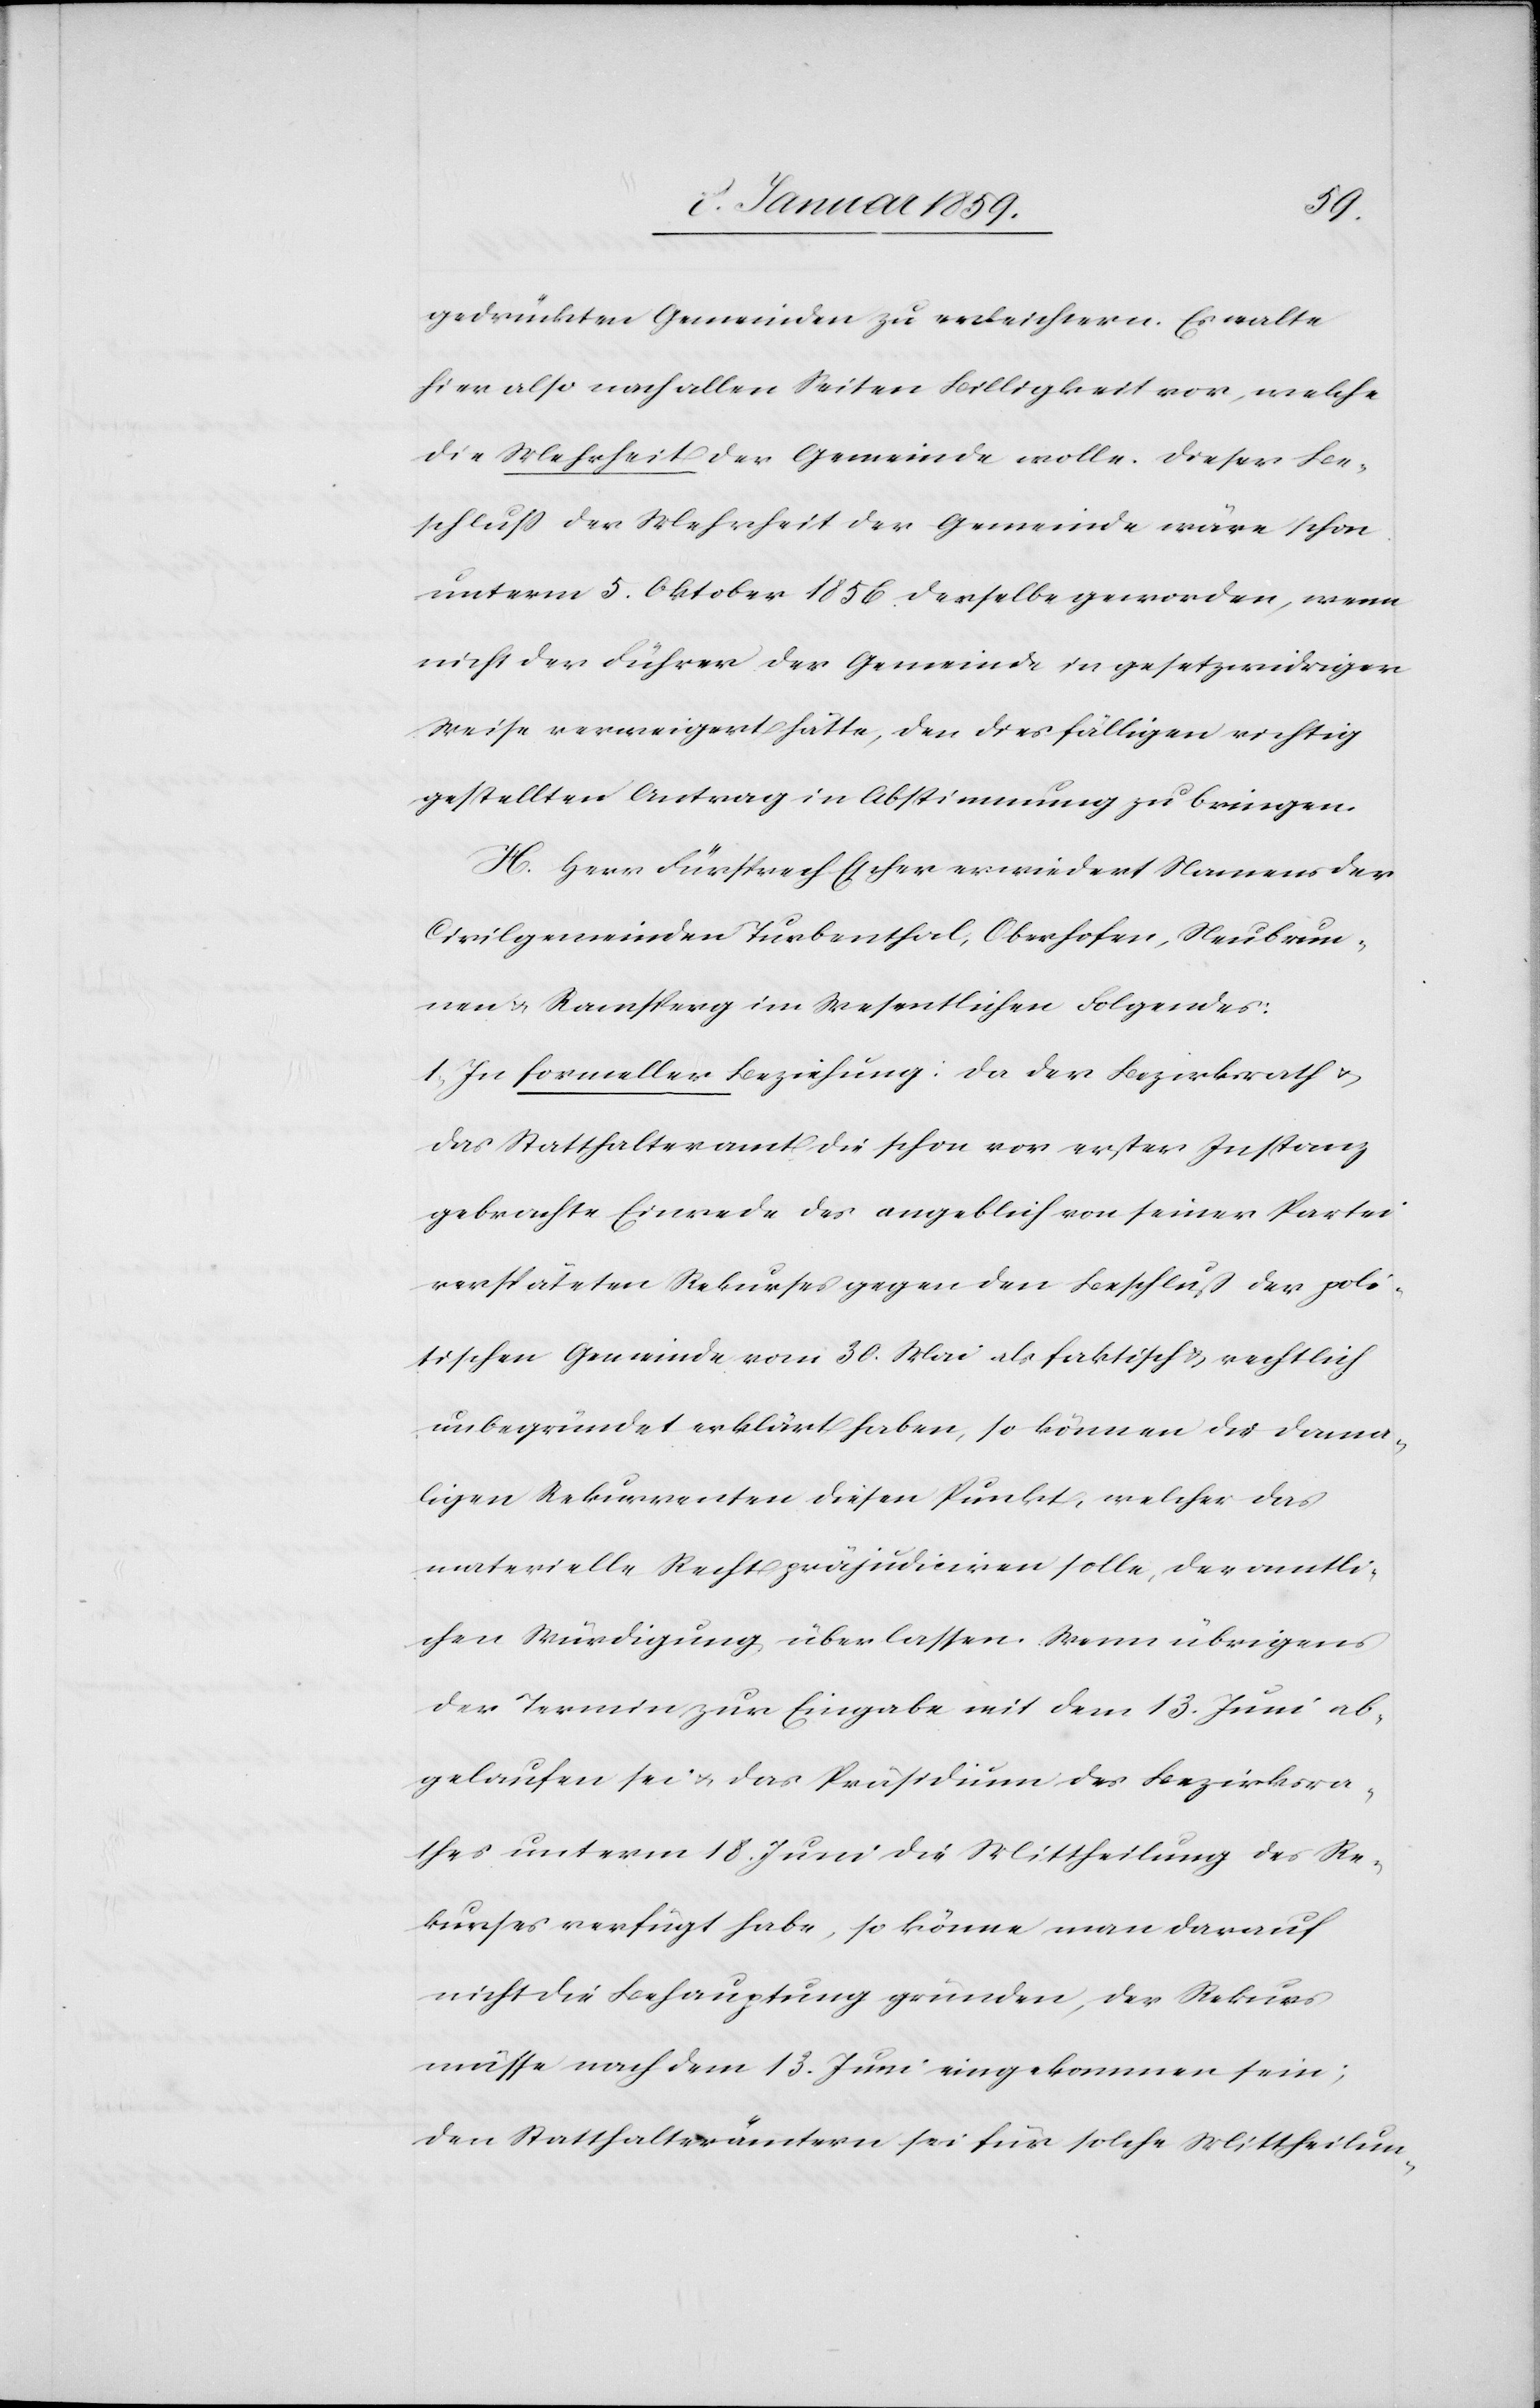
gedrückten Gemeinden zu erleichtern. Es walte
hier also nach allen Seiten Billigkeit vor, welche
die Mehrheit der Gemeinde wolle. Dieser Be¬
schluß der Mehrheit der Gemeinde wäre schon
unterm 5. Oktober 1856 derselbe geworden, wenn
nicht der Führer der Gemeinde in gesetzwidriger
Weise verweigert hätte, den diesfälligen richtig
gestellten Antrag in Abstimmung zu bringen.
H. Herr Fürsprech Escher erwiedert Namens der
Civilgemeinden Turbenthal, Oberhofen, Neubrun¬
nen u. Ramsberg im Wesentlichen Folgendes:
1. In formeller Beziehung: da der Bezirksrath u.
das Statthalteramt die schon vor erster Instanz
gebrachte Einrede des angeblich von seiner Partei
verspäteten Rekurs gegen den Beschluß der poli¬
tischen Gemeinde vom 30. Mai als faktisch & rechtlich
unbegründet erklärt haben, so können die dama¬
ligen Rekurrenten diesen Punkt, welcher das
materielle Recht präjudiciren solle, der amtli¬
chen Würdigung überlassen. Wenn übrigens
der Termin zur Eingabe mit dem 13. Juni ab¬
gelaufen sei u. das Präsidium des Bezirksra¬
thes unterm 18. Juni die Mittheilung des Re¬
kurses verfügt habe, so könne man darauf
nicht die Behauptung gründen, der Rekurs
müsse nach dem 13. Juni eingekommen sein;
den Statthalterämtern sei für solche Mittheilun-